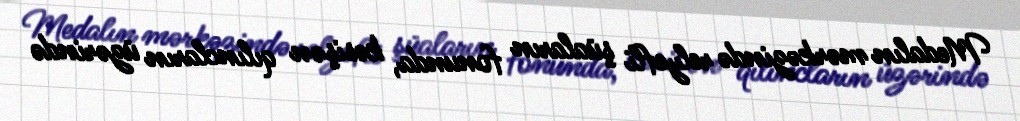
Medalın mərkəzində relyefli şüaların fonunda, kəsişən qılıncların üzərində